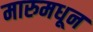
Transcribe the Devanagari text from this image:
मारुमधून